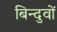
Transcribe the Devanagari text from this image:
बिन्दुवों